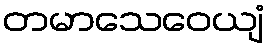
တမာသေဝေယျံ